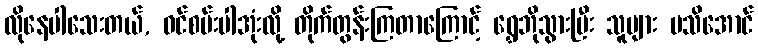
လိုနေပါသေးတယ်, ဝင်စမ်းပါအုံးလို့ တိုက်တွန်းကြတာကြောင့် ရွှေဘိုသွားပြီး သူများ မသိအောင်